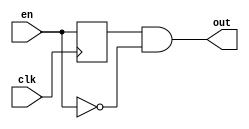
module edge_detc(input en, clk, output out);
reg last_en;
always @(posedge clk)begin
	last_en <= en;
end
	and (out, last_en,~en);
endmodule